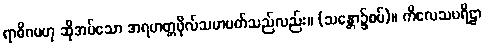
ရာဓိဂမဟု ဆိုအပ်သော အရဟတ္တဖိုလ်သမာပတ်သည်လည်း။ (သန္တော၌စပ်)။ ကိလေသပရိဠာ